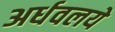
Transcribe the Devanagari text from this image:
अर्धवलये